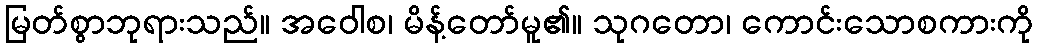
မြတ်စွာဘုရားသည်။ အဝေါစ၊ မိန့်တော်မူ၏။ သုဂတော၊ ကောင်းသောစကားကို